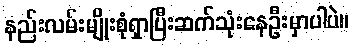
နည်းလမ်းမျိုးစုံရှာပြီးဆက်သုံးနေဦးမှာပါပဲ။